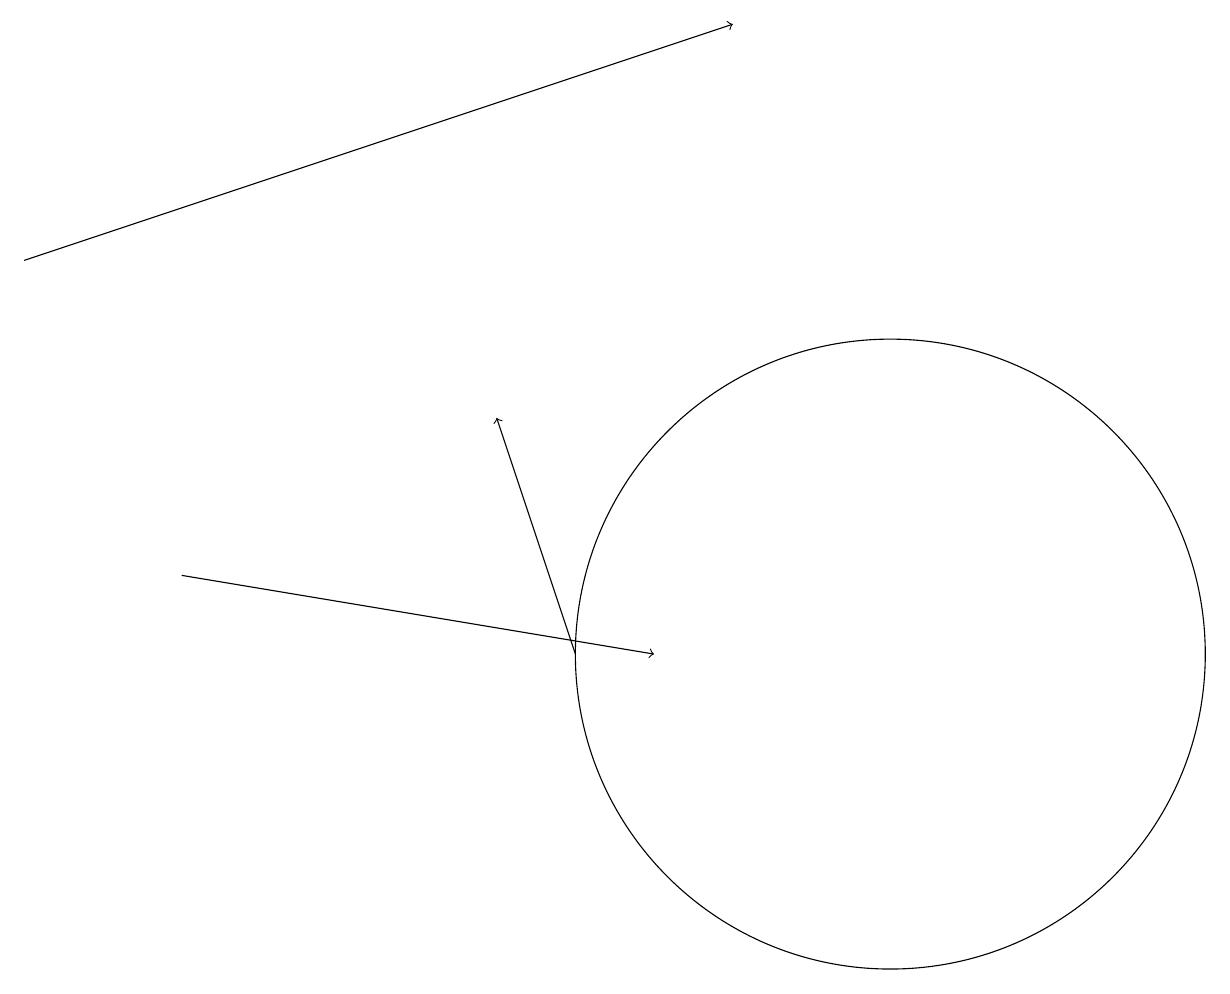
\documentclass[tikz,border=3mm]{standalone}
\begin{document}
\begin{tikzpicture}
\draw[->] (7,10) -- (6,13);
\draw (11,10) circle (4);
\draw[->] (2,11) -- (8,10);
\draw[->] (0,15) -- (9,18);
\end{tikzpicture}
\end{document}